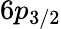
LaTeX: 6p_{3/2}